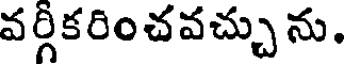
వర్గీకరించవచ్చు ను.